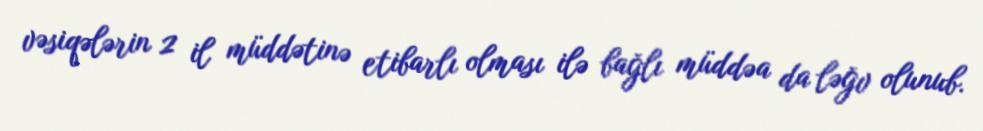
vəsiqələrin 2 il müddətinə etibarlı olması ilə bağlı müddəa da ləğv olunub.